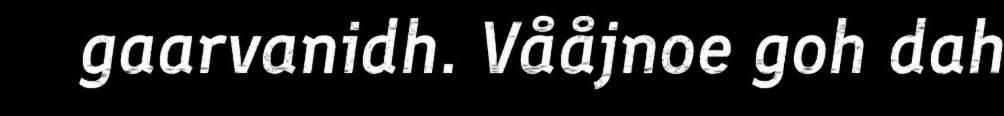
gaarvanidh. Vååjnoe goh dah